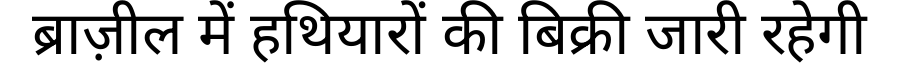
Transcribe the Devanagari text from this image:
ब्राज़ील में हथियारों की बिक्री जारी रहेगी